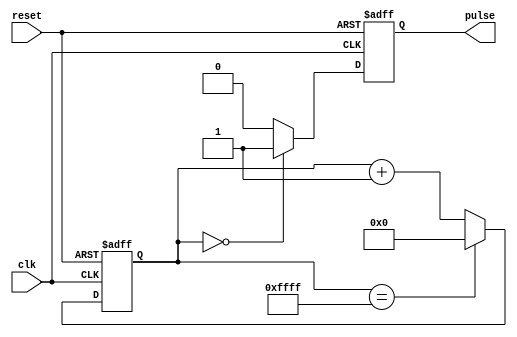
module Asynchronous_Pulse_Generator (
    input wire clk,            // External clock signal
    input wire reset,          // Reset signal
    output reg pulse           // Generated pulse signal
);

reg [31:0] counter;           // Counter for pulse interval
reg [31:0] threshold = 16'b1111111111111111;   // Threshold for pulse duration

always @ (posedge clk or posedge reset)
begin
    if (reset)
        counter <= 0;
    else if (counter == threshold)
        counter <= 0;
    else
        counter <= counter + 1;
end

always @ (posedge clk or posedge reset)
begin
    if (reset)
        pulse <= 0;
    else if (counter == 0)
        pulse <= 1;
    else
        pulse <= 0;
end

endmodule